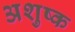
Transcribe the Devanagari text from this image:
अशुष्क